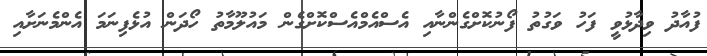
ފުއާދު ވިދާޅުވީ ފަހު ވަގުތު ފޯނުކޮށްގެންނާއި އެސްއެމްއެސްކޮށްގެން މައުލޫމާތު ހޯދަން އުޅެފިނަމަ އެންމެނަށާއި